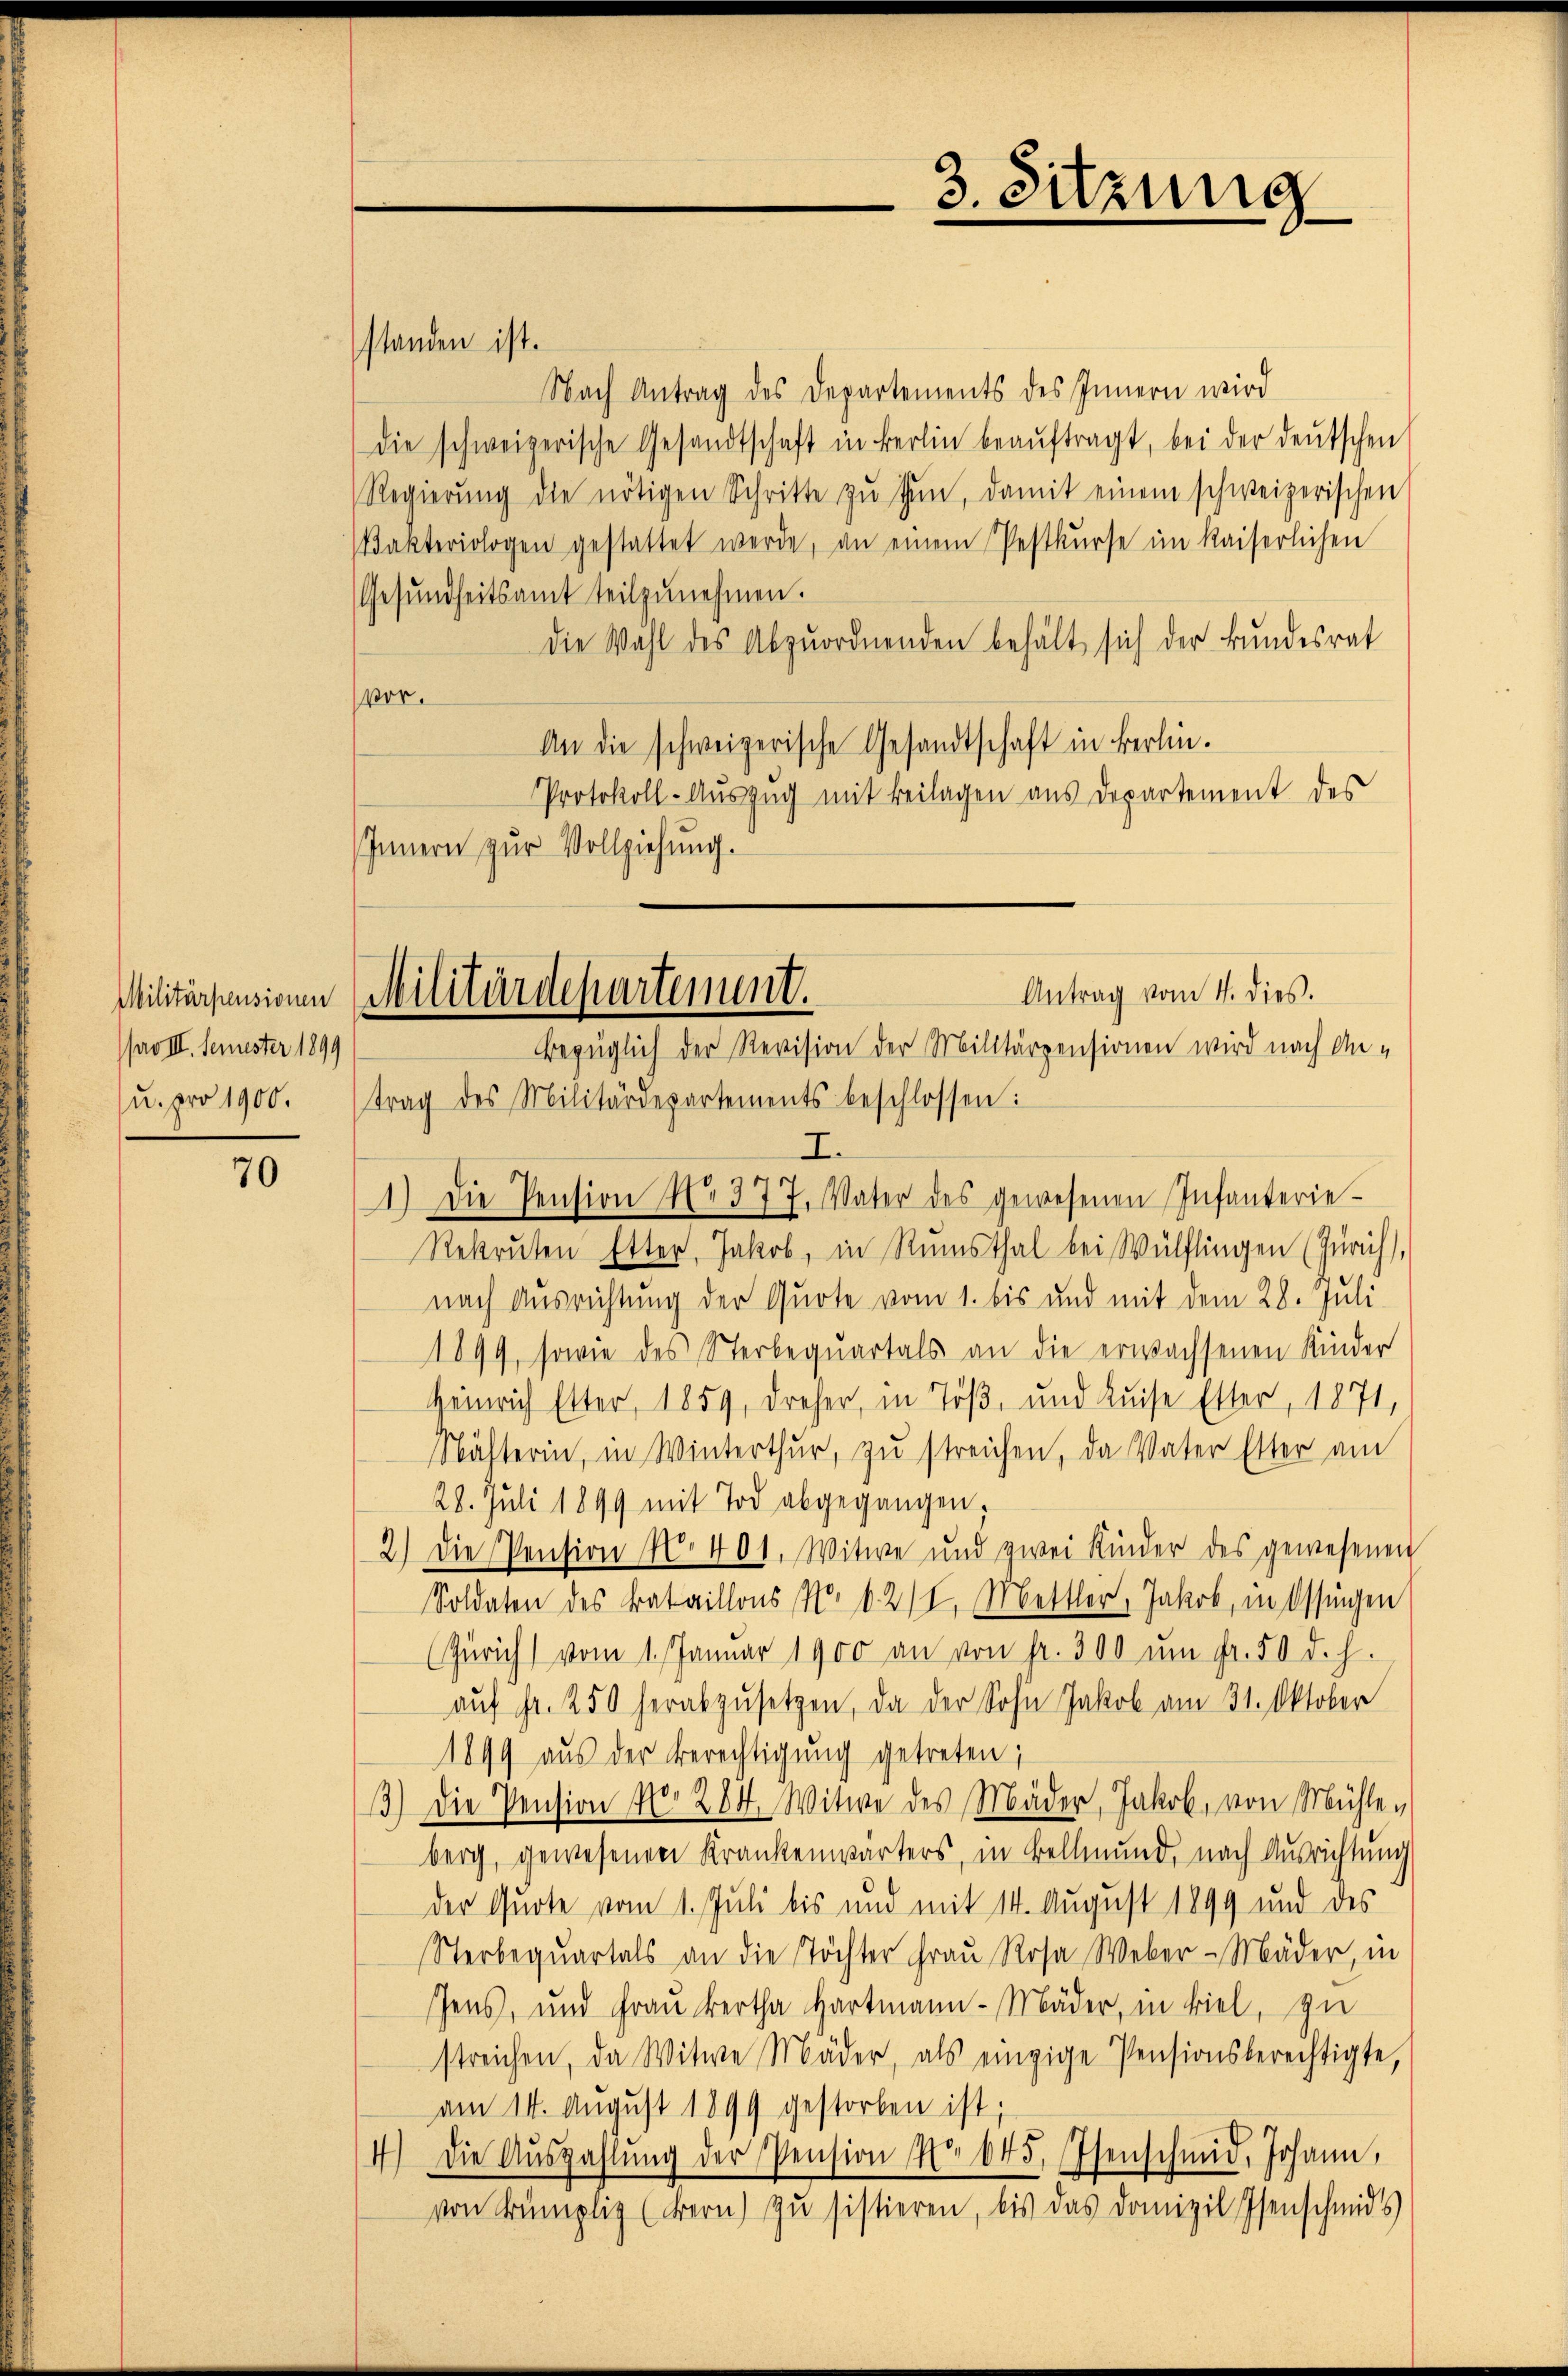
Militärpensionen
(pro III. Semester 1899
u. pro 1900.

70

standen ist.
Nach Antrag des Departements des Innern wird
die schweizerische Gesandtschaft in Berlin beaŭftragt, bei der deŭtschen
Regierŭng die nötigen Schritte zŭ thŭn, damit einem schweizerischen
Pakteriologen gestattet werde, an einem Pestkurse im Kaiserlichen
Gesŭndheitsamt teilzŭnehmen.
die Wahl des Abzuordnenden behält sich der Bundesrat
vor.
An die schweizerische Gesandtschaft in Berlin.
Protokoll-Auszug mit Beilagen aus Departement des
Innern zur Vollziehung.

trag des Militärdepartements beschlossen:
I.
1.) Die Pension No 377. Vater des gewesenen Infanterie-
Rekruten Etter. Jakob, in Rumsthal bei Wülflingen (Zürich),
nach Ausrichtung der Quote vom 1. bis und mit dem 28. Juli
1899, sowie des Sterbequartals an die erwachsenen Kinder
Heinrich Etter, 1859, dreher, in Töß- und Luise Etter, 1871,
Nähterin, in Winterthŭr zŭ streichen, da Vater Elter am
28. Juli 1899 mit Tod abgegangen;
2.) Die Pension No 401. Witwe und zwei Kinder des gewesenen
Soldaten des Bataillons No. 6. 211. Mettler, Jakob, in Ossingen
(Zürich) vom 1. Januar 1900 an von fr. 300 ŭm fr. 50 d. h.
aŭf fr. 250 herabzŭsetzen, da der Sohn Jakob am 31. Oktober
1899 aŭs der Berechtigung getreten;
3.) Die Pension No 284. Witwe des Mäder, Jakob, von Mühlen
berg, gewesenen Krankenwärters, in Kellmund, nach Ausrichtung
der Quote vom 1. Juli bis und mit 14. August 1899 und des
Sterbequartals an die Töchter Frau Rosa Weber-Mäder, in
sens, und Frau kertha Hartmann-Mäder, in viel, zu
streichen, da Witwe Mäder, als einzige Pensionsberechtigte,
am 14. August 1899 gestorben ist;
4) Die Aŭszahlŭng der Pension No 645. Isenschmid, Johann,
von Krümpliz (Bern) zu sistieren, bis das Domizil Isenschmids

3. Sitzung

Antrag vom 4. dies.
Militärdepartement.
Bezüglich der Revision der Militärpensionen wird nach An-